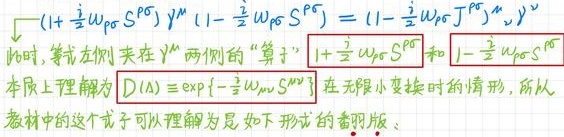
\[ \left( 1 + \frac{i}{2} \omega_{\rho \sigma} S^{\rho \sigma} \right) \gamma^{\mu} \left( 1 - \frac{i}{2} \omega_{\rho \sigma} S^{\rho \sigma} \right) = \left( 1 - \frac{i}{2} \omega_{\rho \sigma} J^{\rho \sigma} \right) \gamma^{\mu} \]
此时，等式左侧夹在\(\gamma^{\mu}\)两侧的“算子” \(1 + \frac{i}{2} \omega_{\rho \sigma} S^{\rho \sigma}\) 和 \(1 - \frac{i}{2} \omega_{\rho \sigma} S^{\rho \sigma}\) 本质上理解为 \(D(\Lambda) \equiv \exp \left\{ - \frac{i}{2} \omega_{\mu \nu} S^{\mu \nu} \right\}\) 在无限小变换时的情形，所以教材中的这个式子可以理解为是如下形式的香积版：